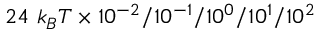
2 4 \, \, k _ { B } T \times 1 0 ^ { - 2 } / 1 0 ^ { - 1 } / 1 0 ^ { 0 } / 1 0 ^ { 1 } / 1 0 ^ { 2 }